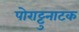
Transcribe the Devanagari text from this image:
पोराट्टुनाटक